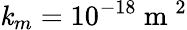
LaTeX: \mathit{k}_{m}=10^{-18}\mathrm{{~m~}}^{2}